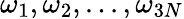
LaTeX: \omega_{1},\omega_{2},...,\omega_{3N}